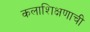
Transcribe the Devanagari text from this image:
कलाशिक्षणाची